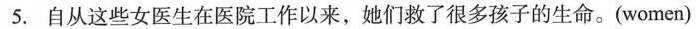
5.自从这些女医生在医院工作以来，她们救了很多孩子的生命。(women)